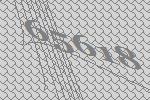
65618